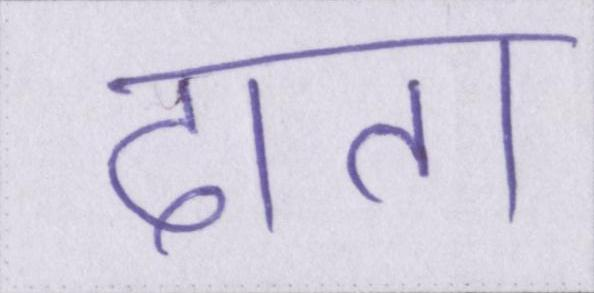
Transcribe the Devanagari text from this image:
दाता